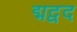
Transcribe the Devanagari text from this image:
द्मद्वद